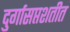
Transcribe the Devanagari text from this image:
दुर्गासप्तशतीत